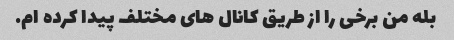
بله من برخی را از طریق کانال های مختلف پیدا کرده ام.